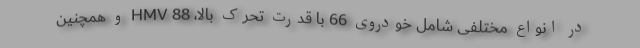
در انواع مختلفی شامل خودروی 66 با قدرت تحرک بالا، 88 HMV و همچنین